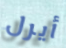
أيرل